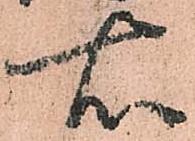
右